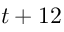
t + 1 2